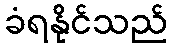
ခံရနိုင်သည်